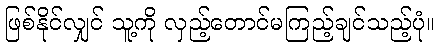
ဖြစ်နိုင်လျှင် သူ့ကို လှည့်တောင်မကြည့်ချင်သည့်ပုံ။